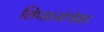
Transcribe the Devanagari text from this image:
लिप्सानोथेका